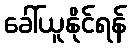
ခေါ်ယူနိုင်ရန်